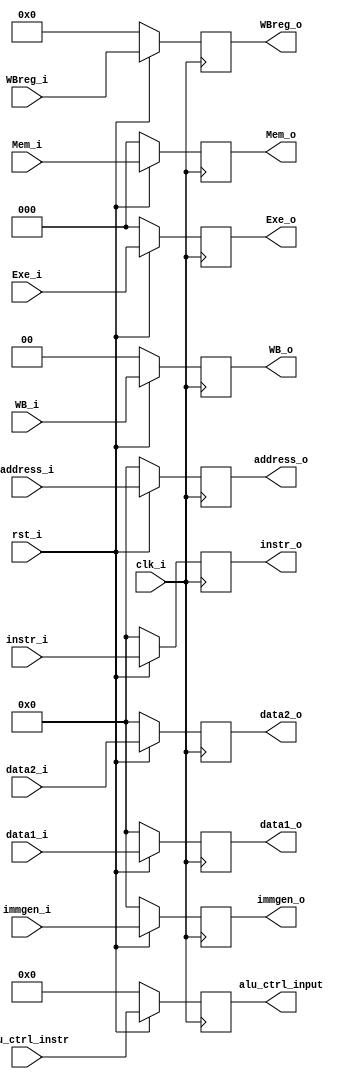
module EXE_register (clk_i, rst_i, instr_i, WB_i, Mem_i, Exe_i, address_i, data1_i, data2_i, immgen_i, alu_ctrl_instr, WBreg_i, instr_o, WB_o, Mem_o, Exe_o, address_o, data1_o, data2_o, immgen_o, alu_ctrl_input, WBreg_o);

	input clk_i;
	input rst_i;
	input [31:0] instr_i;
	input [1:0] WB_i;
	input [2:0] Mem_i	;
	input [2:0] Exe_i;
	input [31:0] address_i;
	input [31:0] data1_i;
	input [31:0] data2_i;
	input [31:0] immgen_i;
	input [3:0] alu_ctrl_instr;
	input [4:0] WBreg_i;

	output reg [31:0] instr_o;
	output reg [1:0] WB_o;
	output reg [2:0] Mem_o;
	output reg [2:0] Exe_o;
	output reg [31:0] address_o;
	output reg [31:0] data1_o;
	output reg [31:0] data2_o;
	output reg [31:0] immgen_o;
	output reg [3:0] alu_ctrl_input;
	output reg [4:0] WBreg_o;

	always@(posedge clk_i)
	begin
		if (!rst_i)
		begin
			instr_o <= 0;
			WB_o <= 0;
			Mem_o <= 0;
			Exe_o <= 0;
			address_o <= 0;
			data1_o <= 0;
			data2_o <= 0;
			immgen_o <= 0;
			alu_ctrl_input <= 0;
			WBreg_o <= 0;
		end
		else
		begin
			instr_o <= instr_i;
			WB_o <= WB_i;
			Mem_o <= Mem_i;
			Exe_o <= Exe_i;
			address_o <= address_i;
			data1_o <= data1_i;
			data2_o <= data2_i;
			immgen_o <= immgen_i;
			alu_ctrl_input <= alu_ctrl_instr;
			WBreg_o <= WBreg_i;
		end
	end

endmodule